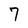
Character: 7